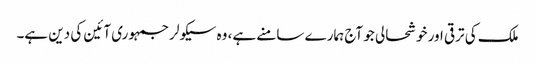
ملک کی ترقی اور خوشحالی جو آج ہمارے سامنے ہے، وہ سیکولر جمہوری آئین کی دین ہے۔